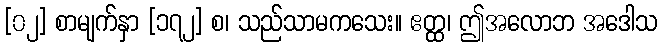
[၀၂] စာမျက်နှာ [၁၇၂] စ၊ သည်သာမကသေး။ ဧတ္ထ၊ ဤအလောဘ အဒေါသ